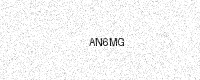
Text: AN6MG